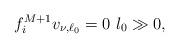
LaTeX: \begin{align*}f^{M+1}_iv_{\nu,\ell_0}=0\ l_0\gg0,\end{align*}